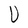
Character: U